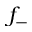
f _ { - }